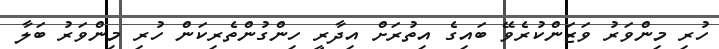
ހުރި މިންވަރު ވަޒަންކުރެވޭ ބައިގެ އިތުރަށް އިދާރީ ހިންގުންތެރިކަން ހުރި މިންވަރު ބަލާ